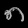
Digit: ၈